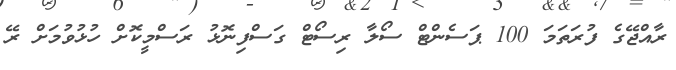
ރާއްޖޭގެ ފުރަތަމަ 100 ޕަސެންޓް ސޯލާ ރިސޯޓް ގަސްފިނޮޅު ރަސްމީކޮށް ހުޅުވުމަށް ރޭ